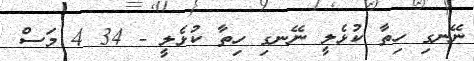
ނޭނގި ހިތާ ކުޅެލީ ނޭނގި ހިތާ ކުޅެލީ - 34 4 މަސް